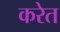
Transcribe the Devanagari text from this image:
करेत